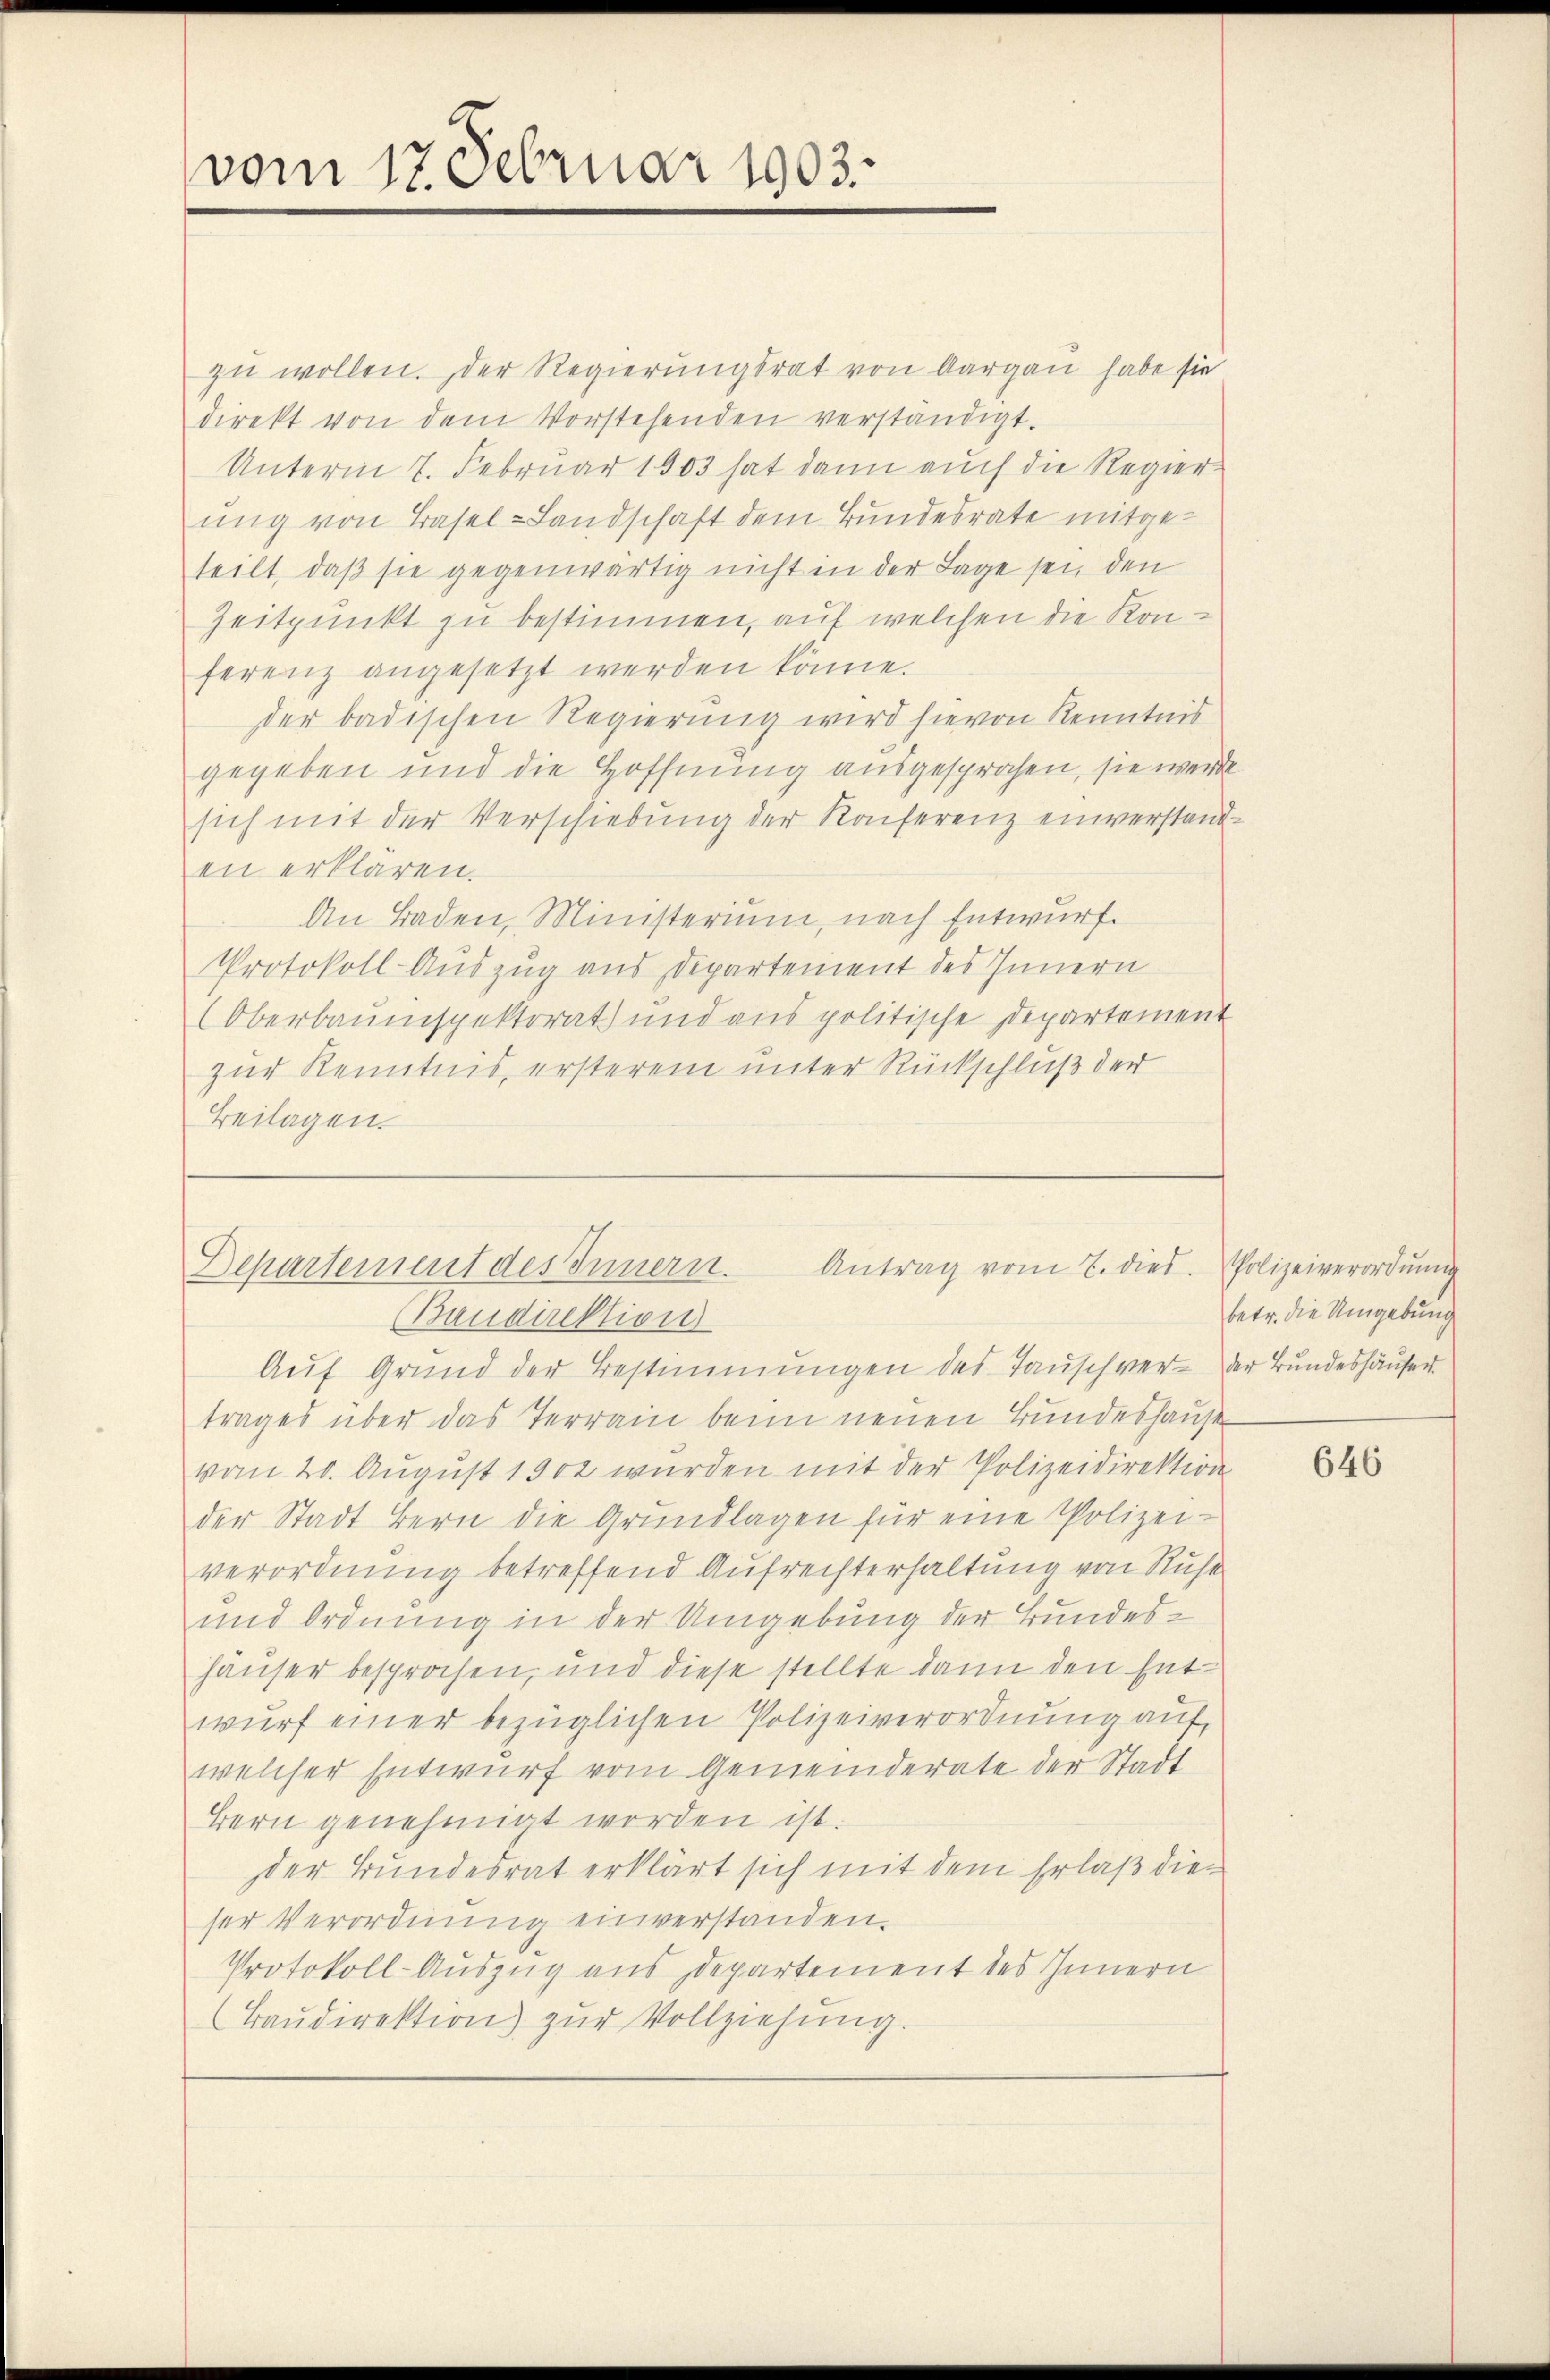
vom 17. Februar 1903.

zu wollen. Der Regierungsrat von Aargau habe sie
direkt von dem Vorstehenden verständigt.
Unterm 7. Februar 1903 hat dann auch die Regier
ung von Basel-Landschaft dem Bundesrate mitgeteilt, daß sie gegenwärtig nicht in der Lage sei, den
Zeitpunkt zu bestimmen, auf welchen die Konferenz angesetzt werden könne.
der badischen Regierung wird hievon Kenntnis
gegeben und die Hoffnung ausgesprochen, sie werde
sich mit der Verschiebung der Konferenz einverstanden erklären.
An Baden, Ministerium, nach Entwurf.
Protokoll-Auszug aus Departement des Innern
Oberbauinspektorat und aus politische Departement
zur Kenntnis, ersterem unter Rückschluß der
Beilagen.

Antrag vom 7. dies. Polizeiverordnŭng
Departement des Innern.
(Baudirektion
Aŭf Grund der Bestimmungen des Tauschver- der Bundeshäuser.

trages über das Terrain beim neuen Bundeshause
vom 20. August 1902 wurden mit der Polizeidirektion
der Stadt Bern die Grundlagen für eine Polizeiverordnung betreffend Aufrechterhaltung von Ruhe
und Ordnung in der Umgebung der Bundeshäuser besprochen, und diese stellte dann den Entwurf einer bezüglichen Polizeiverordnung auf,
welcher Entwurf vom Gemeinderate der Stadt
Bern genehmigt worden ist.
der Bundesrat erklärt sich mit dem Erlaß dieser Verordnung einverstanden.
Protokoll-Auszug aus Departement des Innern
(Baŭdirektion) zur Vollziehung.

betr. die Umgebung

646